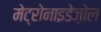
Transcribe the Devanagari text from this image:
मेट्रोनाइडेज़ोल